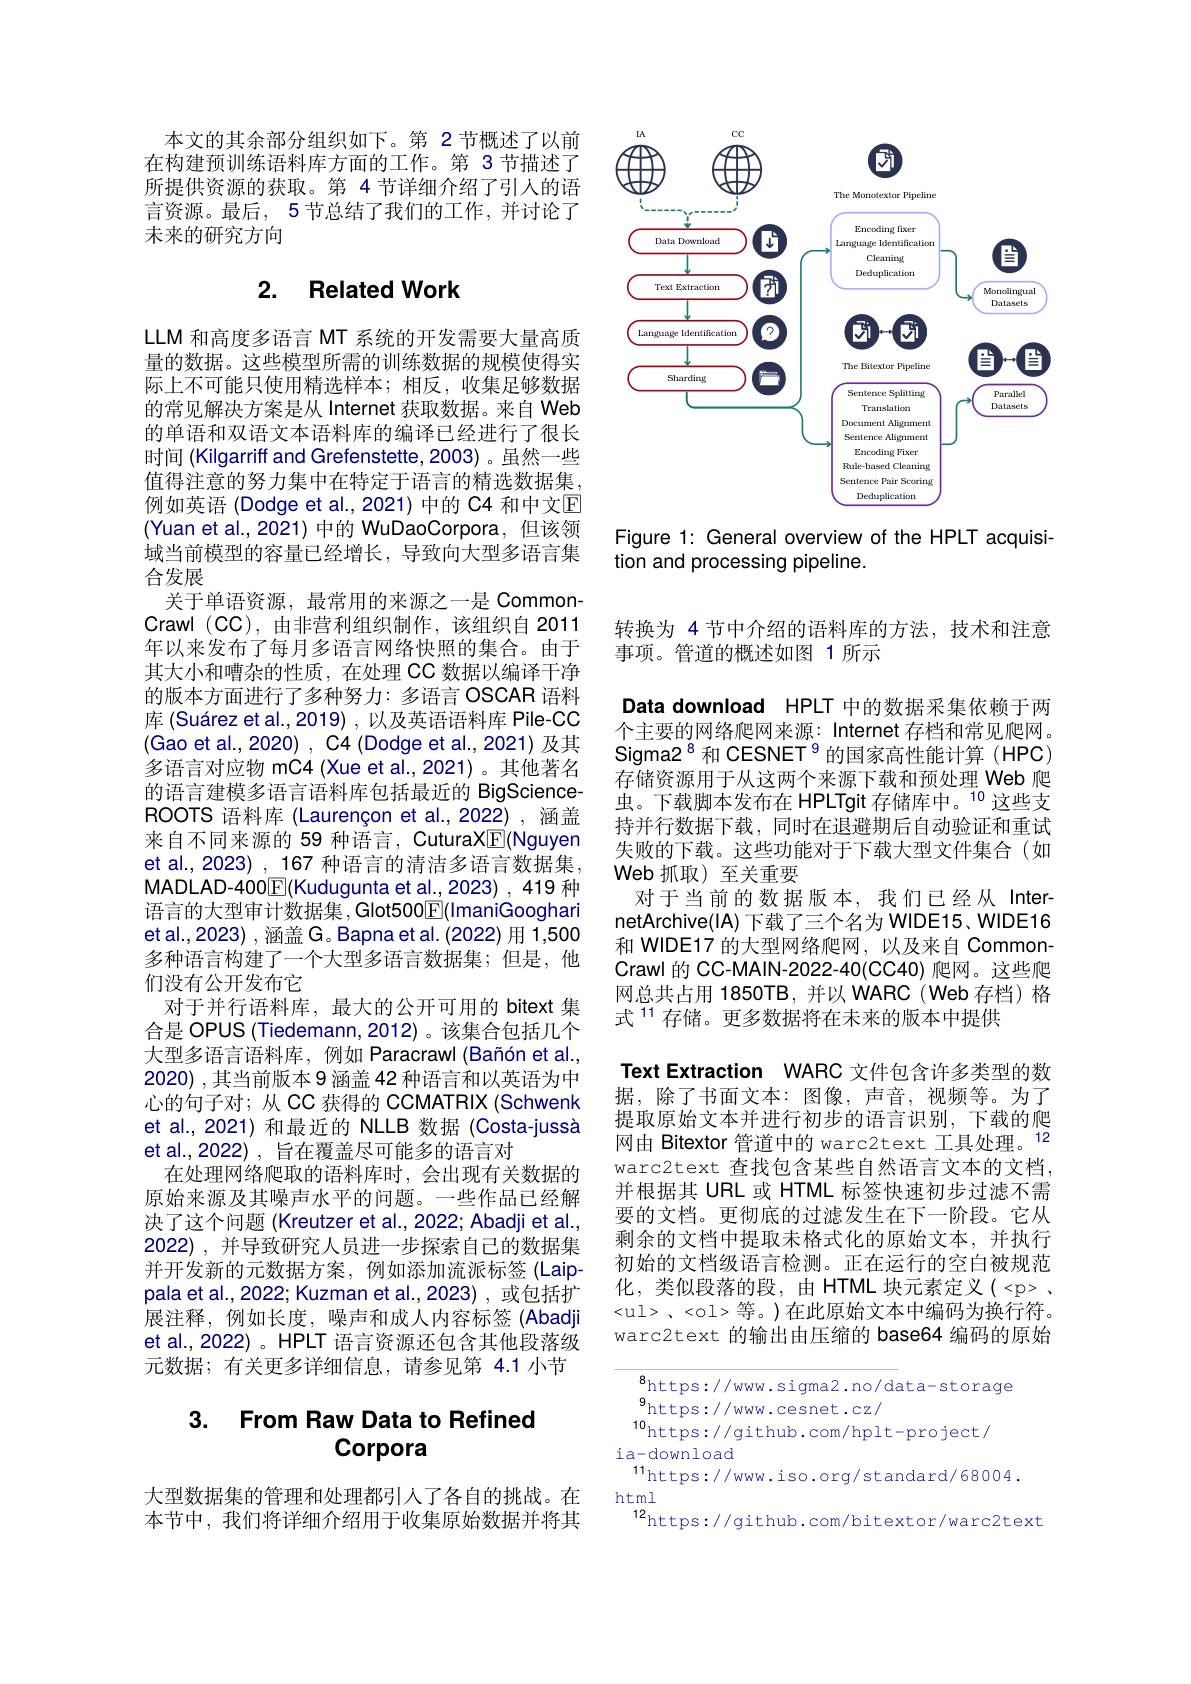
本文的其余部分组织如下。第 2节概述了以前在构建预训练语料库方面的工作。第 3 节描述了所提供资源的获取。第 4 节详细介绍了引人的语言资源。最后，5 节总结了我们的工作，并讨论了未来的研究方向

## 2. Related Work

LLM 和高度多语言 MT 系统的开发需要大量高质量的数据。这些模型所需的训练数据的规模使得实际上不可能只使用精选样本；相反，收集足够数据的常见解决方案是从 Internet 获取数据。来自 Web 的单语和双语文本语料库的编译已经进行了很长时间 (Kilgarriff and Grefenstette, 2003) 。虽然一些值得注意的努力集中在特定于语言的精选数据集， 例如英语 (Dodge et al., 2021) 中的 C4 和中文$\overline{\mathrm{E}}$ (Yuan et al., 2021) 中的 WuDaoCorpora, 但该领域当前模型的容量已经增长，导致向大型多语言集合发展
关于单语资源，最常用的来源之一是 CommonCrawl (CC),由非营利组织制作，该组织自 2011年以来发布了每月多语言网络快照的集合。由于其大小和嘈杂的性质，在处理 CC 数据以编译干净的版本方面进行了多种努力：多语言 OSCAR 语料库 (Suárez et al.,2019) ,以及英语语料库 Pile-CC (Gao et al., 2020), C4(Dodge et al., 2021) 及其多语言对应物 mC4 (Xue et al.,2021)。其他著名的语言建模多语言语料库包括最近的 BigScienceROOTS 语料库 (Laurençon et al.,2022),涵盖来自不同来源的 59 种语言，CuturaXE(Nguyen et al., 2023) , 167 种语言的清洁多语言数据集， MADLAD-400$\boxed{\mathbb{F}}($Kudugunta et al.,2023),419种语言的大型审计数据集，Glot500$\boxed{\mathrm{F}}($ImaniGooghari et al., 2023) , 涵盖 G。Bapna et al. (2022) 用 1,500多种语言构建了一个大型多语言数据集；但是，他们没有公开发布它
对于并行语料库，最大的公开可用的 bitext 集合是 OPUS (Tiedemann,2012)。该集合包括几个大型多语言语料库，例如 Paracrawl (Bañón et al., 2020) ,其当前版本 9 涵盖 42 种语言和以英语为中心的句子对；从 CC 获得的 CCMATRIX (Schwenk et al.,2021)和最近的 NLLB 数据 (Costa-jussà et al.,2022), 旨在覆盖尽可能多的语言对
在处理网络爬取的语料库时，会出现有关数据的原始来源及其噪声水平的问题。一些作品已经解决了这个问题 (Kreutzer et al., 2022; Abadji et al., 2022),并导致研究人员进一步探索自己的数据集并开发新的元数据方案，例如添加流派标签(Laip-1) pala et al., 2022; Kuzman et al., 2023) , 或包括扩展注释，例如长度，噪声和成人内容标签(Abadji et al., 2022)。HPLT 语言资源还包含其他段落级元数据；有关更多详细信息，请参见第 4.1 小节

# 3. From Raw Data to Refined Corpora

大型数据集的管理和处理都引人了各自的挑战。在本节中，我们将详细介绍用于收集原始数据并将其

<FigureHere>

Figure 1: General overview of the HPLT acquisi-
tion and processing pipeline.

转换为 4 节中介绍的语料库的方法，技术和注意
事项。管道的概述如图 1 所示

Data download HPLT 中的数据采集依赖于两个主要的网络爬网来源：Internet 存档和常见爬网。Sigma2$^{8}$和 CESNET$^{9}$的国家高性能计算(HPC) 存储资源用于从这两个来源下载和预处理 Web 爬虫。下载脚本发布在 HPLTgit 存储库中。$^{10}$这些支持并行数据下载，同时在退避期后自动验证和重试失败的下载。这些功能对于下载大型文件集合(如Web 抓取)至关重要
对于当前的数据版本，我们已经从InternetArchive(IA) 下载了三个名为 WIDE15、WIDE16和 WIDE17 的大型网络爬网，以及来自 CommonCrawl 的 CC-MAIN-2022-40(CC40) 爬网。这些爬网总共占用 1850TB,并以 WARC(Web 存档)格式$^{11}$存储。更多数据将在未来的版本中提供
Text Extraction WARC 文件包含许多类型的数据，除了书面文本：图像，声音，视频等。为了提取原始文本并进行初步的语言识别，下载的爬网由 Bitextor 管道中的 warc2text 工具处理。12 warc2text 查找包含某些自然语言文本的文档， 并根据其 URL 或 HTML 标签快速初步过滤不需要的文档。更彻底的过滤发生在下一阶段。它从剩余的文档中提取未格式化的原始文本，并执行初始的文档级语言检测。正在运行的空白被规范化，类似段落的段，由 HTML 块元素定义(<p> . $< u1>$ , <01> $等 。)$在此原始文本中编码为换行符。warc2text 的输出由压缩的 base64 编码的原始

$^{8}$https://www.sigma2.no/data-storage
${}_{10}^{9}$https://www.cesnet.cz/
10https://github.com/hplt-project/
ia-download
$^{11}$https://www.iso.org/standard/68004.
html
$^{12}$https://github.com/bitextor/warc2text